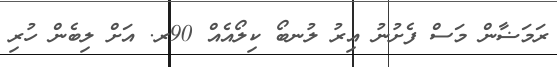
ރަމަޟާން މަސް ފެށުނު އިރު ލުނބޯ ކިލޯއެއް 90ރ. އަށް ލިބެން ހުރި